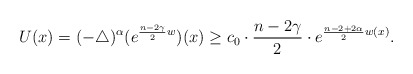
\begin{align*}U(x)=(-\triangle)^{\alpha}(e^{\frac{n-2\gamma}{2}w})(x)\geq c_0\cdot\frac{n-2\gamma}{2}\cdot e^{\frac{n-2+2\alpha}{2}w(x)}.\end{align*}